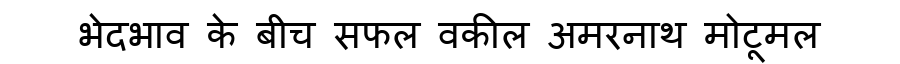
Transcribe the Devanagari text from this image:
भेदभाव के बीच सफल वकील अमरनाथ मोटूमल